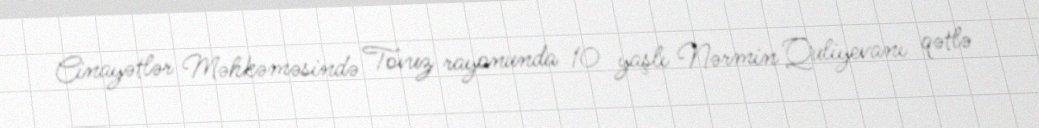
Cinayətlər Məhkəməsində Tovuz rayonunda 10 yaşlı Nərmin Quliyevanı qətlə